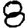
Digit: 8